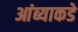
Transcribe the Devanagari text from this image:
आंब्याकडे